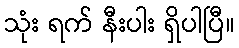
သုံး ရက် နီးပါး ရှိပါပြီ။